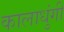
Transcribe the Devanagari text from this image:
कालाधुंगी